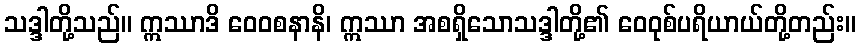
သဒ္ဒါတို့သည်။ ဣဿာဒိ ဝေဝစနာနိ၊ ဣဿာ အစရှိသောသဒ္ဒါတို့၏ ဝေဝုစ်ပရိယာယ်တို့တည်း။